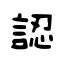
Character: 認